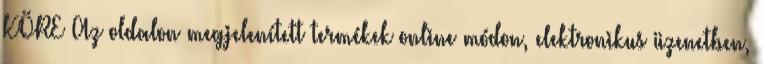
KÖRE Az oldalon megjelenített termékek online módon, elektronikus üzenetben,